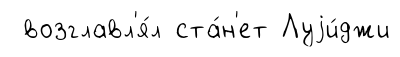
возглавл'я́л ста́н'ет Луjи́джи